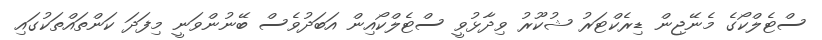
ސްޓެލްކޯގެ މެނޭޖިން ޑިރެކްޓަރު ޝުކޫރު ވިދާޅުވީ ސްޓެލްކޯއިން އަބަދުވެސް ބޭނުންވަނީ މިފަދަ ކަންތައްތަކުގައި